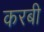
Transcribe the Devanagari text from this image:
करबी